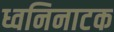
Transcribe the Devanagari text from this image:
ध्वनिनाटक